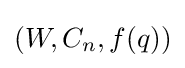
(W,C_{n},f(q))